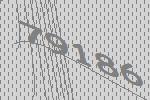
79186